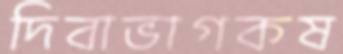
দিবাভাগকষ